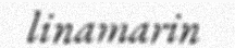
linamarin